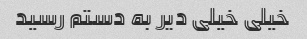
خیلی خیلی دیر به دستم رسید